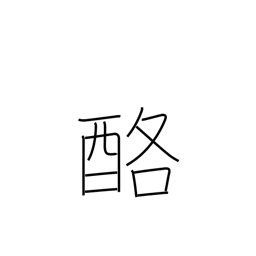
Meaning: dairy products